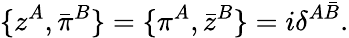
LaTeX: \{ z^{A},\bar{\pi}^{B}\} =\{ \pi^{A},\bar{z}^{B}\} =i\delta^{A\bar{B}}.